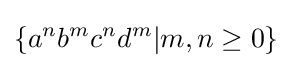
\{a^{n}b^{m}c^{n}d^{m}|m,n\geq 0\}